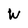
Character: W